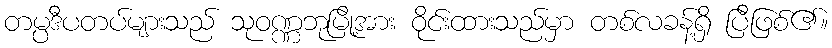
တမ္ပဒီပတပ်များသည် သုဝဏ္ဏဘုမြို့အား ဝိုင်းထားသည်မှာ တစ်လခန့်ရှိ ပြီဖြစ်၏။